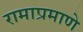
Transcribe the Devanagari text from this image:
रामाप्रमाणे